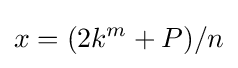
x=(2k^{m}+P)/n